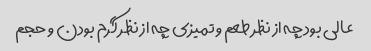
عالی بود چه از نظر طعم و تمیزی چه از نظر گرم بودن و حجم